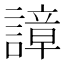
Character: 𧫱